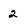
Character: 2